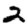
Digit: 2